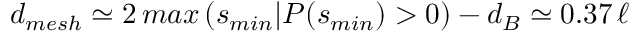
d _ { m e s h } \simeq 2 \, m a x \left( s _ { m i n } \vert P ( s _ { m i n } ) > 0 \right) - d _ { B } \simeq 0 . 3 7 \, \ell